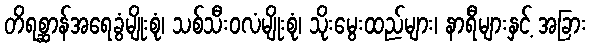
တိရစ္ဆာန်အရေခွံမျိုးစုံ၊ သစ်သီးဝလံမျိုးစုံ၊ သိုးမွေးထည်များ၊ နာရီများနှင့် အခြား